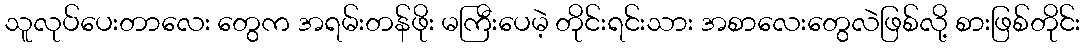
သူလုပ်ပေးတာလေး တွေက အရမ်းတန်ဖိုး မကြီးပေမဲ့ တိုင်းရင်းသား အစာလေးတွေလဲဖြစ်လို့ စားဖြစ်တိုင်း